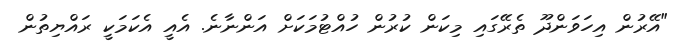
"އޭރުން އިހަވަންދޫ ތެރޭގައި މިކަން ކުރުން ހުއްޓުމަކަށް އަންނާނެ. އެއީ އެކަމަކީ ރައްޔިތުން